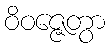
ဝိဝဇ္ဇေတွာ